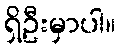
ရှိဦးမှာပါ။